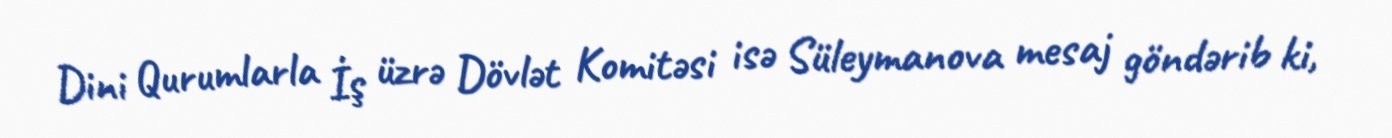
Dini Qurumlarla İş üzrə Dövlət Komitəsi isə Süleymanova mesaj göndərib ki,